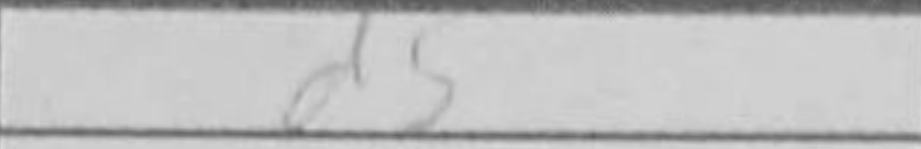
Transcription: d5